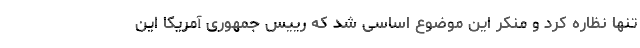
تنها نظاره کرد و منکر این موضوع اساسی شد که رییس جمهوری آمریکا این